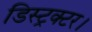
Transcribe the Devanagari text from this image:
डिस्ट्रक्टर।